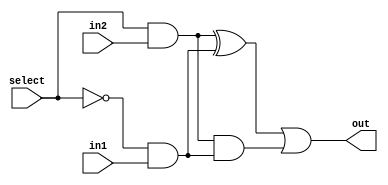
module majority_mux(in1,in2,select,out);
  input in1,in2,select;
  output reg out;
  always@(in1,in2,select) begin
//-------------------- Calling majority3 function.--------------------------
// ---Writing boolean function of 2x1 MUX in terms of majority function.----
    out=majority3(majority3(select,in2,0),majority3(~select,in1,0),1);
  end
// ------Majority function definition of 3-input majority function.--------- 
  function majority3(input inp1,inp2,inp3);   
    begin
    majority3=inp3&(inp1^inp2)|(inp1&inp2); 
    end
  endfunction
endmodule